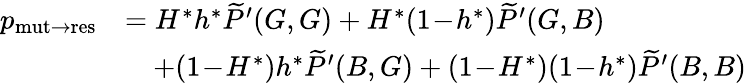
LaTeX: \begin{array}{rl}{p_{\mathrm{mut\to res}}}&{=H^{\ast}h^{\ast}\widetilde{P}^{\prime}(G,G)+H^{\ast}(1\! -\! h^{\ast})\widetilde{P}^{\prime}(G,B)}\\ &{\quad+(1\! -\! H^{\ast})h^{\ast}\widetilde{P}^{\prime}(B,G)+(1\! -\! H^{\ast})(1\! -\! h^{\ast})\widetilde{P}^{\prime}(B,B)}\end{array}